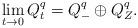
LaTeX: \begin{align*}\lim_{t \to 0} Q^q_t=Q^q_{-} \oplus Q^q_{Z}.\end{align*}